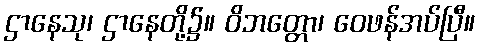
ဌာနေသု၊ ဌာနေတို့၌။ ဝိဘတ္တော၊ ဝေဖန်အပ်ပြီ။